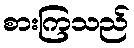
စားကြသည်